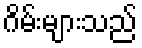
ဂိမ်းများသည်